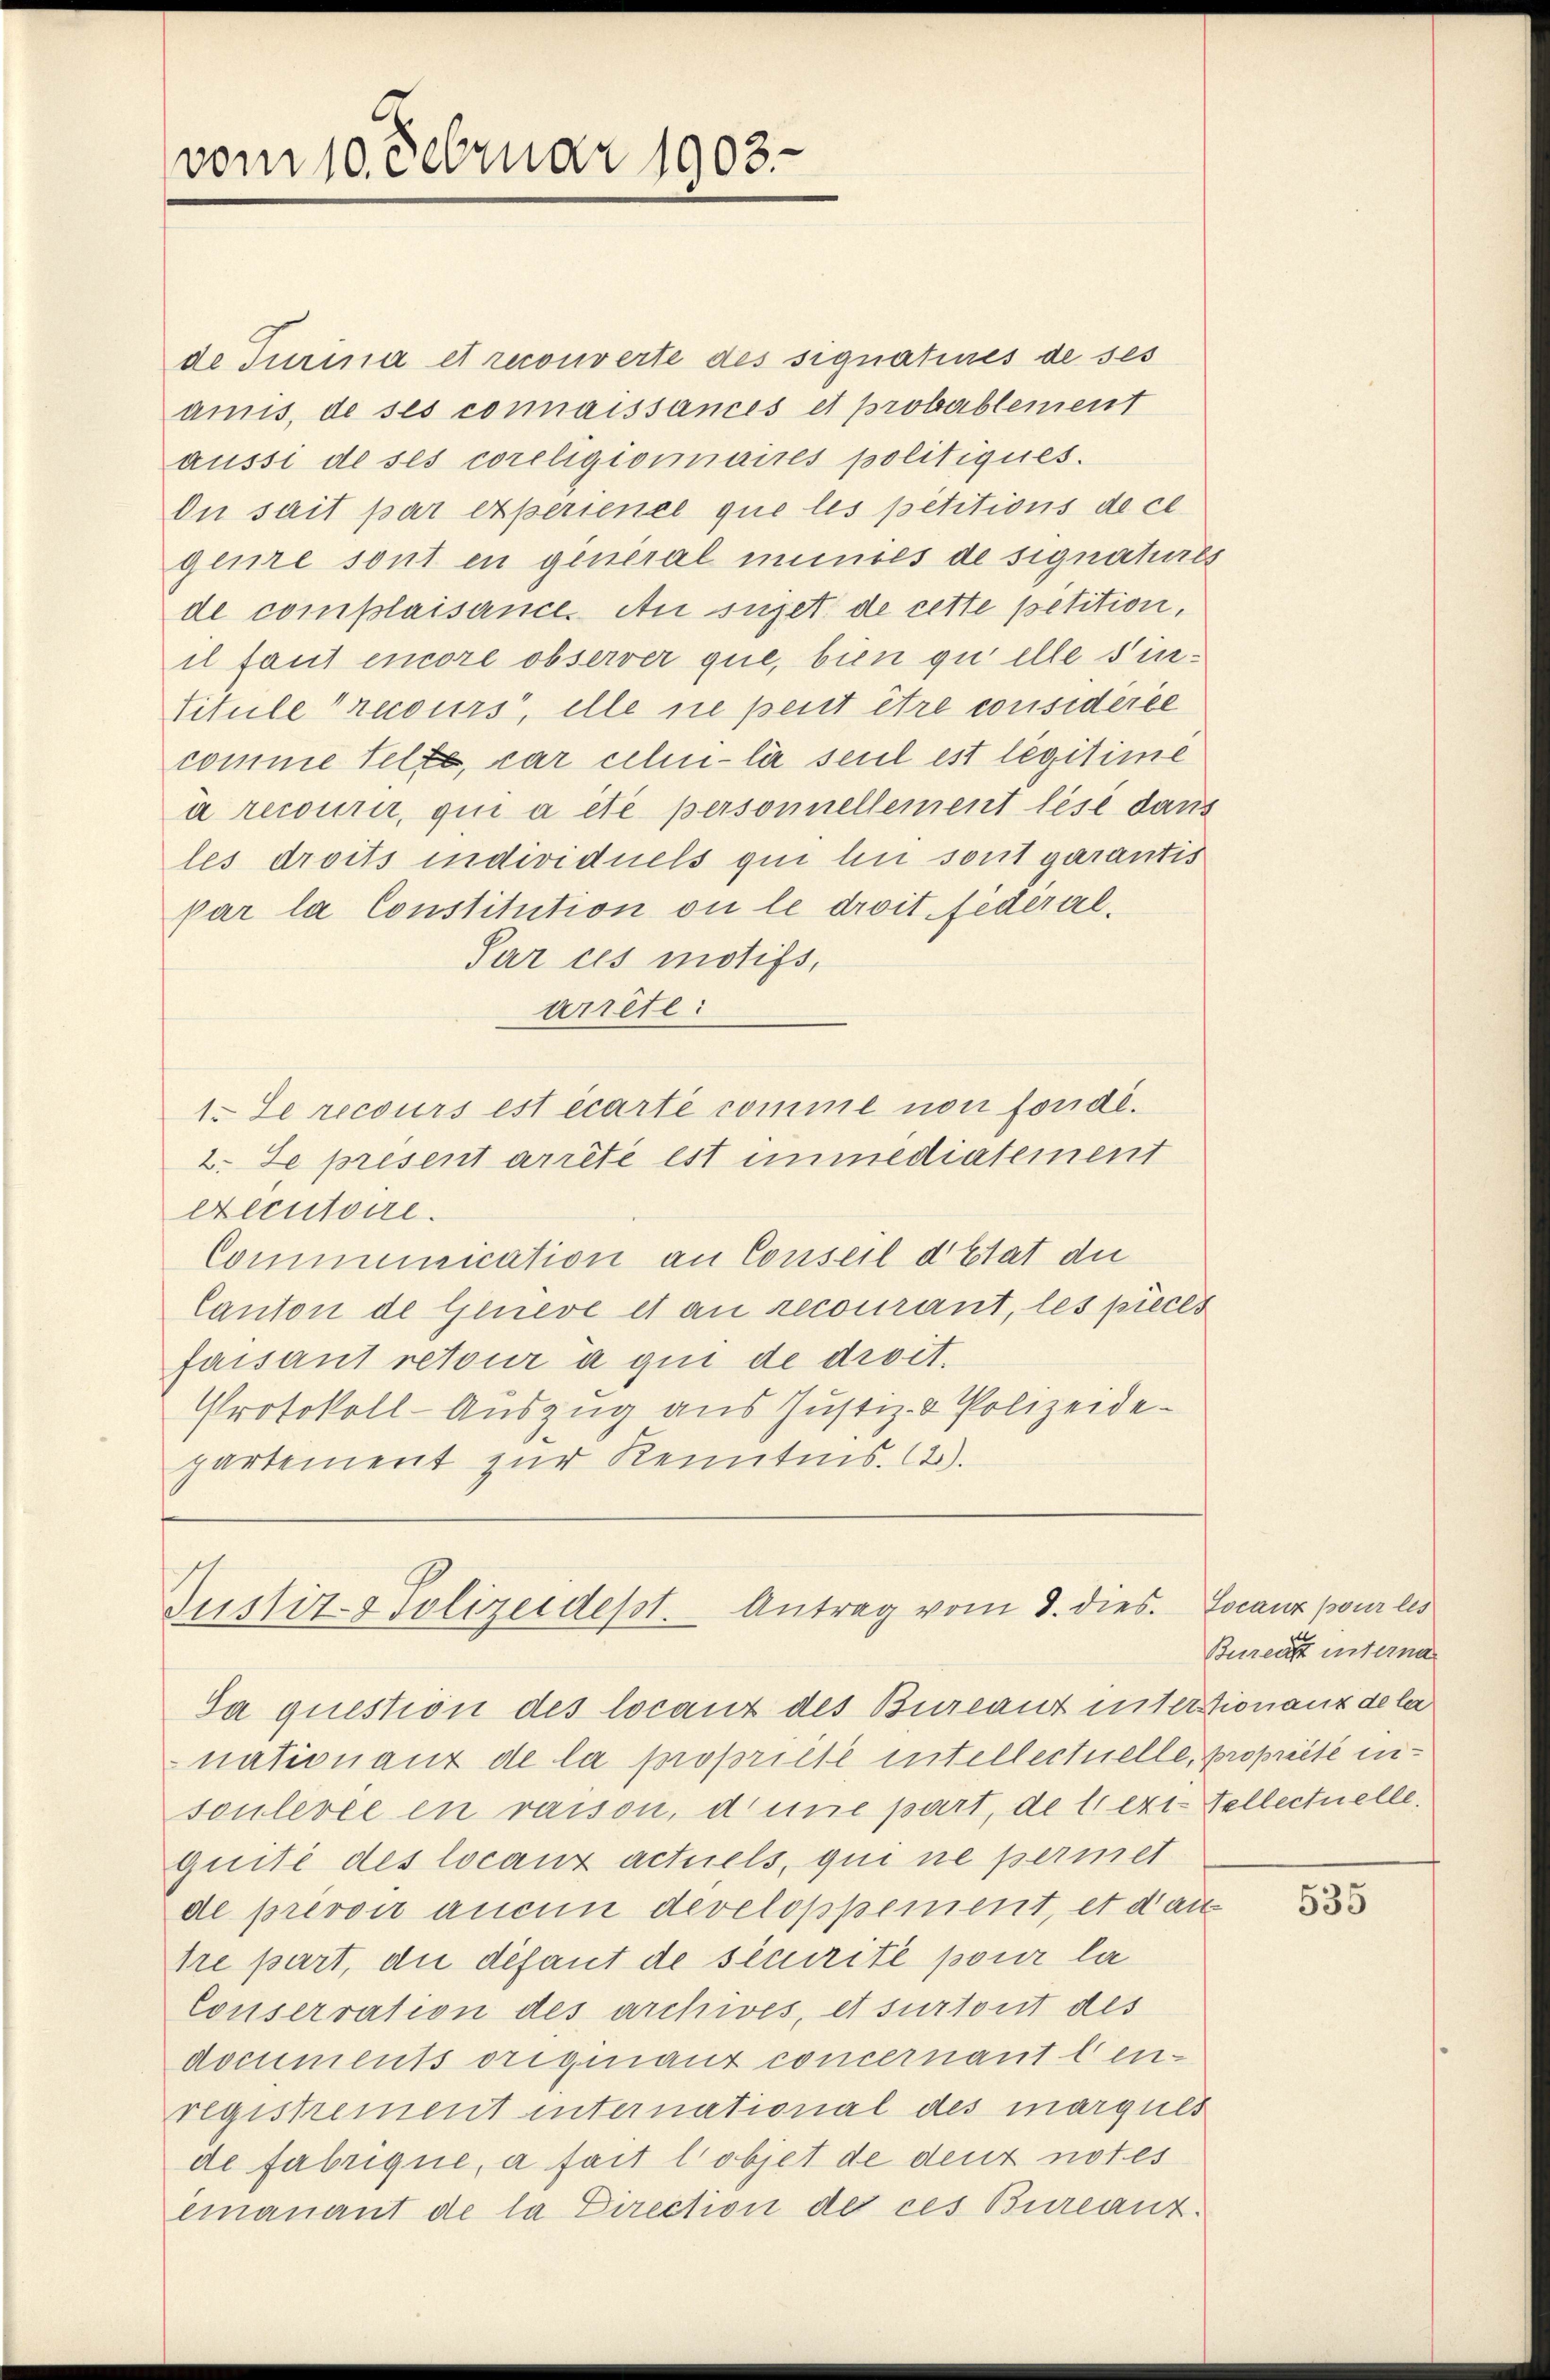
vom 10. Februar 1903.

de Turina et recouverte des signatives de ses
amis, de ses connaissances et probablement
aussi de ses coreligionaires politiques.
Du sait par experienel que les petitions de ce
genze sont en general minies de signatures
de complaisance. An sujet de cette petition,
il taut encore observer que, bien quelle sin¬
Titule recours, elle ne peut être considérée
comme selte, par celui- la seul est legitime
à recourir, qui a été personnellement lese dans
les droits individuels qui li sont garantis
par la Constitution ou le droit fédéral¬
Par ces motifs,
arrête:
1. Le recours est écarte comme non forde.
2. Se présent arrêté est immediatement
executoire.
Communication an Conseil d’Etat die
Canton de Geneve et an recourant, les pieces
faisant retour à qui de droit.
Protokoll-Auszug aus Justiz- & Polizeidepartement zur Kenntnis. (2).

Justiz- & Polizeidest. Antrag vom 8. dies. Locauz pour les
Da question des locanz des Bureaut interstionanz de la

nationant de la propriété intellectuelle, propriété insoulevée en raison, dene part, de lezt. Tellectuelle,
quité des locanz actuels, qui ne permet
de prevoir aucun developpement, et dan
tre part, die défaut de sécrité pour la
Conservation des archives, et surront des
documents originaux concernant ten-
registrement international des marques
de fabrique, a fait l’objet de deux notes
imanant de la Direction der ces Burcanz¬

Bureau interna

535